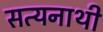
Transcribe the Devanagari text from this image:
सत्यनाथी